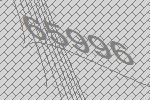
65996